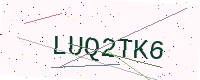
Text: LUQ2TK6